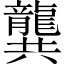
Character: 龔